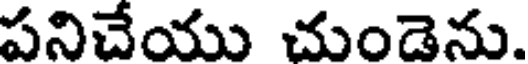
పనిచేయు చుండెను.